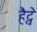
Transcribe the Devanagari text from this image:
हैट्वे